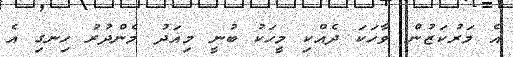
އެ މަރުކަޒުން ވާހަކަ ދެއްކި މީހަކު ބުނީ މިއަދު މެންދުރު ހިނގި އެ